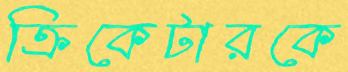
ক্রিকেটারকে